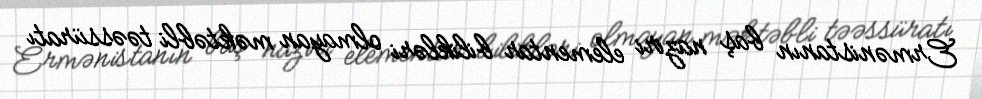
Ermənistanın baş naziri elementar bilikləri olmayan məktəbli təəssüratı